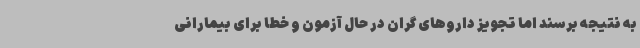
به نتیجه برسند اما تجویز داروهای گران در حال آزمون و خطا برای بیمارانی